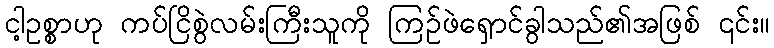
ငါ့ဥစ္စာဟု ကပ်ငြိစွဲလမ်းကြီးသူကို ကြဉ်ဖဲရှောင်ခွါသည်၏အဖြစ် ၎င်း။